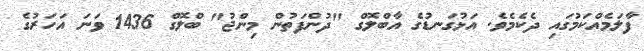
ފާލަމެއްކަމުގައި ދެކެމެވެ. އަޅުގަނޑުގެ އާބްލޮގް "ދުންފަތުން މިންޖު" ބްލޮގް 1436 ވަނަ އަހަރުގެ